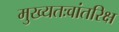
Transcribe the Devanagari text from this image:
मुख्‍यतःवांतरिक्ष